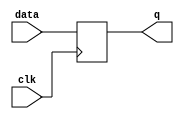
module edge_triggered_latch (
  input wire data,
  input wire clk,
  output reg q
);

  always @(posedge clk)
    q <= data;

endmodule